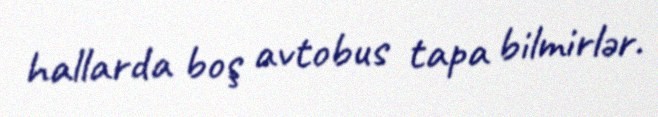
hallarda boş avtobus tapa bilmirlər.